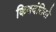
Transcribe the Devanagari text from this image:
किवदंतियो